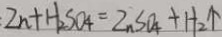
Z n + H _ { 2 } S O _ { 4 } = Z n S O _ { 4 } + H _ { 2 } \uparrow